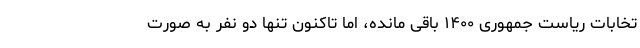
تخابات ریاست جمهوری ۱۴۰۰ باقی مانده، اما تاکنون تنها دو نفر به صورت